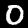
Label: 0